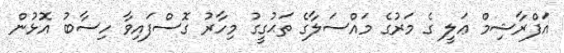
އަފްރާޝިމް ޢަލީ ގެ މަރުގެ މައްސަލާގެ ތަޙުގީގު މިހާރު ގޮސްފައިވާ ހިސާބު އޮޅުން